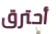
أحترق